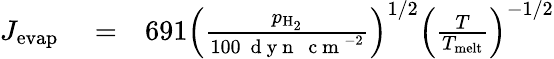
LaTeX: \begin{array}{rlr}{J_{\mathrm{evap}}}&{{}=}&{691\left(\frac{p_{\mathrm{H_{2}}}}{100~\mathrm{~d~y~n~~~c~m~}^{-2}}\right)^{1/2}\left(\frac{T}{T_{\mathrm{melt}}}\right)^{-1/2}}\end{array}